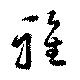
雅